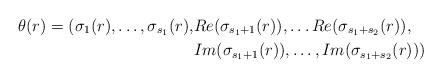
LaTeX: \begin{align*}\theta(r) = (\sigma_1(r), \ldots, \sigma_{s_1}(r), & Re(\sigma_{s_1+1}(r)), \ldots Re(\sigma_{s_1 + s_2}(r)),\\& Im(\sigma_{s_1 + 1}(r)), \ldots, Im(\sigma_{s_1+s_2}(r)) )\end{align*}